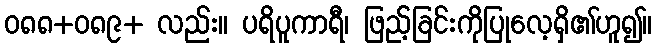
ဝ၈၈+၀၈၉+ လည်း။ ပရိပူကာရီ၊ ဖြည့်ခြင်းကိုပြုလေ့ရှိ၏ဟူ၍။